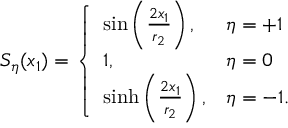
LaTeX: S _ { \eta } ( x _ { 1 } ) = \left\{ \begin{array} { l l } { { \sin \left( { \frac { 2 x _ { 1 } } { r _ { 2 } } } \right) , } } & { { \eta = + 1 } } \\ { { 1 , } } & { { \eta = 0 } } \\ { { \sinh \left( { \frac { 2 x _ { 1 } } { r _ { 2 } } } \right) , } } & { { \eta = - 1 . } } \end{array} \right.